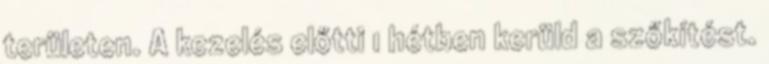
területen. A kezelés előtti 1 hétben kerüld a szőkítést.